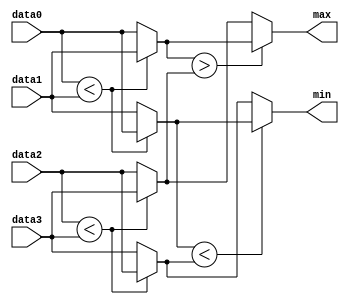
module minmax4 (
    data0, data1, data2, data3,
    min, max
);
    parameter BIT_WIDTH = 16;

    input [BIT_WIDTH-1:0] data0, data1, data2, data3;
    output wire [BIT_WIDTH-1:0] min, max;

    wire [BIT_WIDTH-1:0] min01, min23, max01, max23;
    
    assign min01 = data0 < data1 ? data0 : data1;
    assign max01 = data0 < data1 ? data1 : data0;
    assign min23 = data2 < data3 ? data2 : data3;
    assign max23 = data2 < data3 ? data3 : data2;

    assign min = min01 < min23 ? min01 : min23;
    assign max = max01 > max23 ? max01 : max23;

endmodule

module minmax8 (
    data0, data1, data2, data3,
    data4, data5, data6, data7,
    min, max
);
    parameter BIT_WIDTH = 16;

    input [BIT_WIDTH-1:0] data0, data1, data2, data3;
    input [BIT_WIDTH-1:0] data4, data5, data6, data7;
    output wire [BIT_WIDTH-1:0] min, max;

    wire [BIT_WIDTH-1:0] min0, min1, max0, max1;

    minmax4 #(BIT_WIDTH) comp1 (data0, data1, data2, data3, min0, max0);
    minmax4 #(BIT_WIDTH) comp2 (data4, data5, data6, data7, min1, max1);

    assign min = min0 < min1 ? min0 : min1;
    assign max = max0 > max1 ? max0 : max1;

endmodule